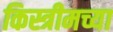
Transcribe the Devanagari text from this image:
किस्त्रीमच्या